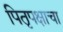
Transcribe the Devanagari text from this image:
पितृपक्षाचा